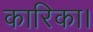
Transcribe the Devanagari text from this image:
कारिका।